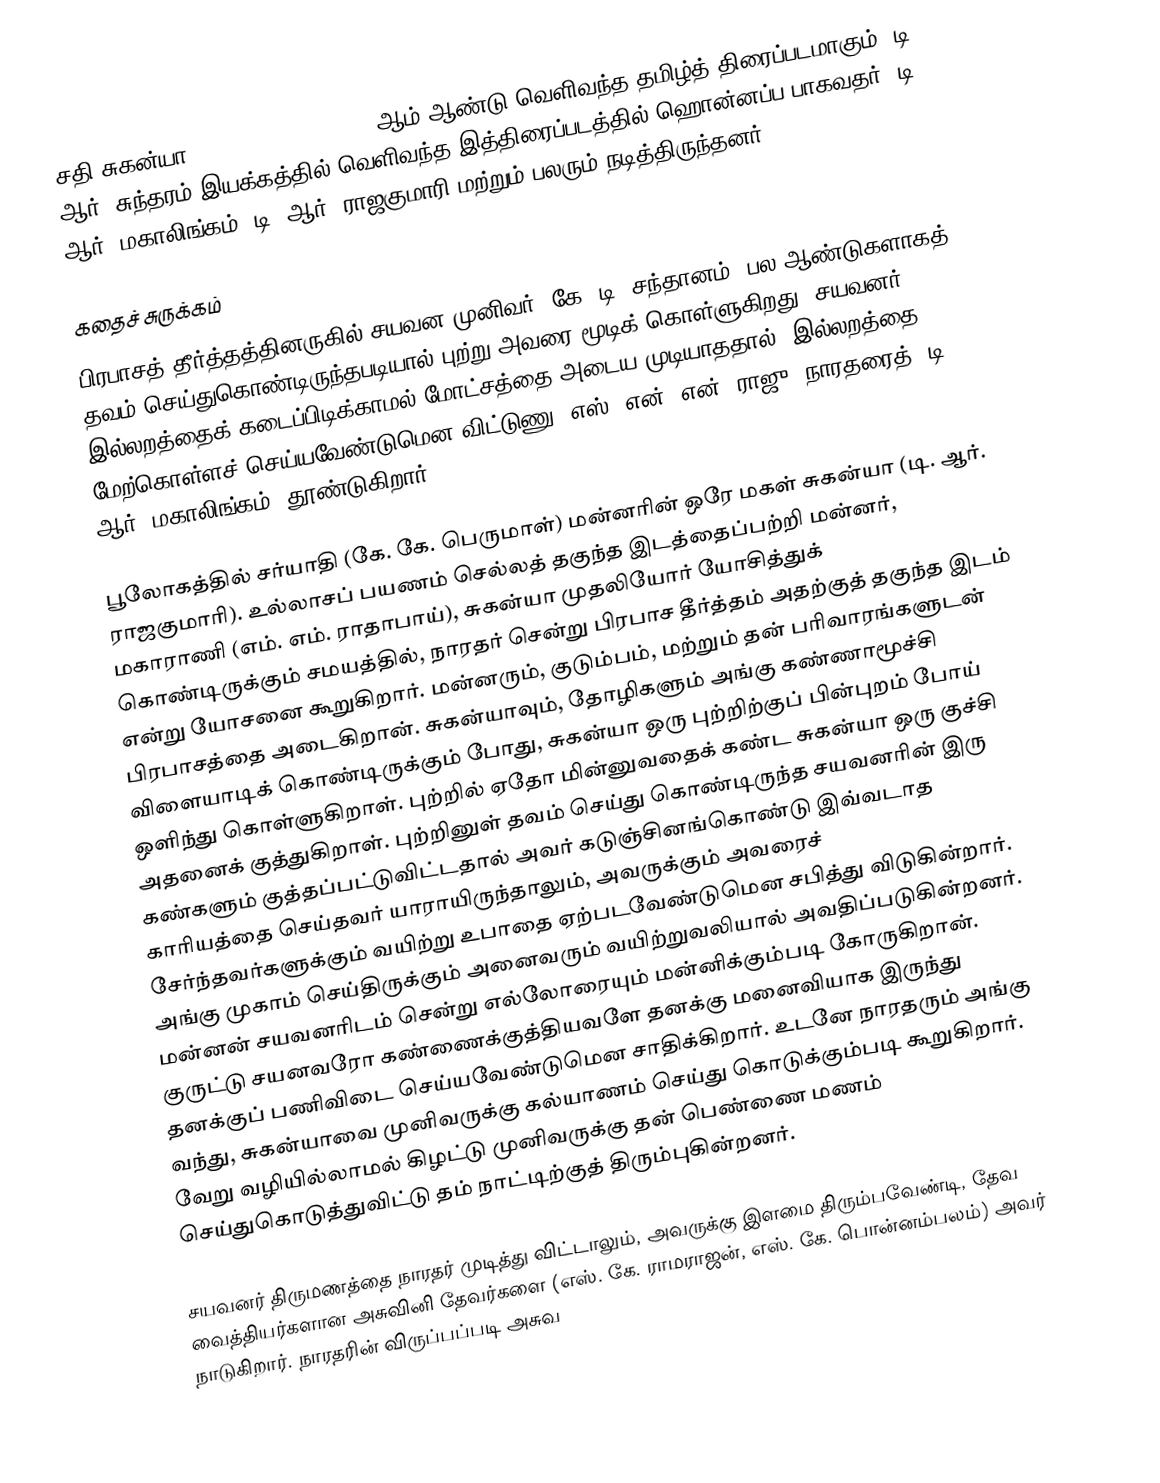
சதி சுகன்யா (Sathi Sukanya) 1942 ஆம் ஆண்டு வெளிவந்த தமிழ்த் திரைப்படமாகும். டி. ஆர். சுந்தரம் இயக்கத்தில் வெளிவந்த இத்திரைப்படத்தில் ஹொன்னப்ப பாகவதர், டி. ஆர். மகாலிங்கம், டி. ஆர். ராஜகுமாரி மற்றும் பலரும் நடித்திருந்தனர்.

கதைச் சுருக்கம்
பிரபாசத் தீர்த்தத்தினருகில் சயவன முனிவர் (கே. டி. சந்தானம்) பல ஆண்டுகளாகத் தவம் செய்துகொண்டிருந்தபடியால் புற்று அவரை மூடிக் கொள்ளுகிறது. சயவனர் இல்லறத்தைக் கடைப்பிடிக்காமல் மோட்சத்தை அடைய முடியாததால், இல்லறத்தை மேற்கொள்ளச் செய்யவேண்டுமென விட்டுணு (எஸ். என். என். ராஜு) நாரதரைத் (டி. ஆர். மகாலிங்கம்) தூண்டுகிறார்.

பூலோகத்தில் சர்யாதி (கே. கே. பெருமாள்) மன்னரின் ஒரே மகள் சுகன்யா (டி. ஆர். ராஜகுமாரி). உல்லாசப் பயணம் செல்லத் தகுந்த இடத்தைப்பற்றி மன்னர், மகாராணி (எம். எம். ராதாபாய்), சுகன்யா முதலியோர் யோசித்துக் கொண்டிருக்கும் சமயத்தில், நாரதர் சென்று பிரபாச தீர்த்தம் அதற்குத் தகுந்த இடம் என்று யோசனை கூறுகிறார். மன்னரும், குடும்பம், மற்றும் தன் பரிவாரங்களுடன் பிரபாசத்தை அடைகிறான். சுகன்யாவும், தோழிகளும் அங்கு கண்ணாமூச்சி விளையாடிக் கொண்டிருக்கும் போது, சுகன்யா ஒரு புற்றிற்குப் பின்புறம் போய் ஒளிந்து கொள்ளுகிறாள். புற்றில் ஏதோ மின்னுவதைக் கண்ட சுகன்யா ஒரு குச்சி அதனைக் குத்துகிறாள். புற்றினுள் தவம் செய்து கொண்டிருந்த சயவனரின் இரு கண்களும் குத்தப்பட்டுவிட்டதால் அவர் கடுஞ்சினங்கொண்டு இவ்வடாத காரியத்தை செய்தவர் யாராயிருந்தாலும், அவருக்கும் அவரைச் சேர்ந்தவர்களுக்கும் வயிற்று உபாதை ஏற்படவேண்டுமென சபித்து விடுகின்றார். அங்கு முகாம் செய்திருக்கும் அனைவரும் வயிற்றுவலியால் அவதிப்படுகின்றனர். மன்னன் சயவனரிடம் சென்று எல்லோரையும் மன்னிக்கும்படி கோருகிறான். குருட்டு சயனவரோ கண்ணைக்குத்தியவளே தனக்கு மனைவியாக இருந்து தனக்குப் பணிவிடை செய்யவேண்டுமென சாதிக்கிறார். உடனே நாரதரும் அங்கு வந்து, சுகன்யாவை முனிவருக்கு கல்யாணம் செய்து கொடுக்கும்படி கூறுகிறார். வேறு வழியில்லாமல் கிழட்டு முனிவருக்கு தன் பெண்ணை மணம் செய்துகொடுத்துவிட்டு தம் நாட்டிற்குத் திரும்புகின்றனர்.

சயவனர் திருமணத்தை நாரதர் முடித்து விட்டாலும், அவருக்கு இளமை திரும்பவேண்டி, தேவ வைத்தியர்களான அசுவினி தேவர்களை (எஸ். கே. ராமராஜன், எஸ். கே. பொன்னம்பலம்) அவர் நாடுகிறார். நாரதரின் விருப்பப்படி அசுவ